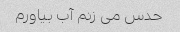
حدس می زنم آب بیاورم